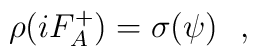
\rho(iF_{A}^{+})=\sigma(\psi)~~,